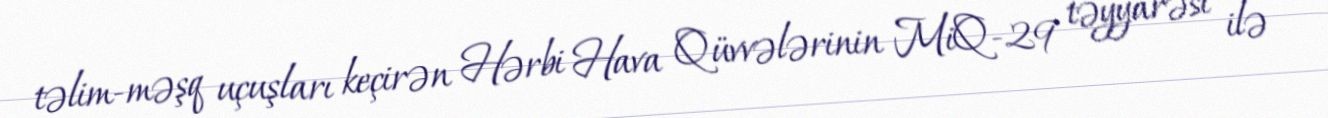
təlim-məşq uçuşları keçirən Hərbi Hava Qüvvələrinin MiQ-29 təyyarəsi ilə